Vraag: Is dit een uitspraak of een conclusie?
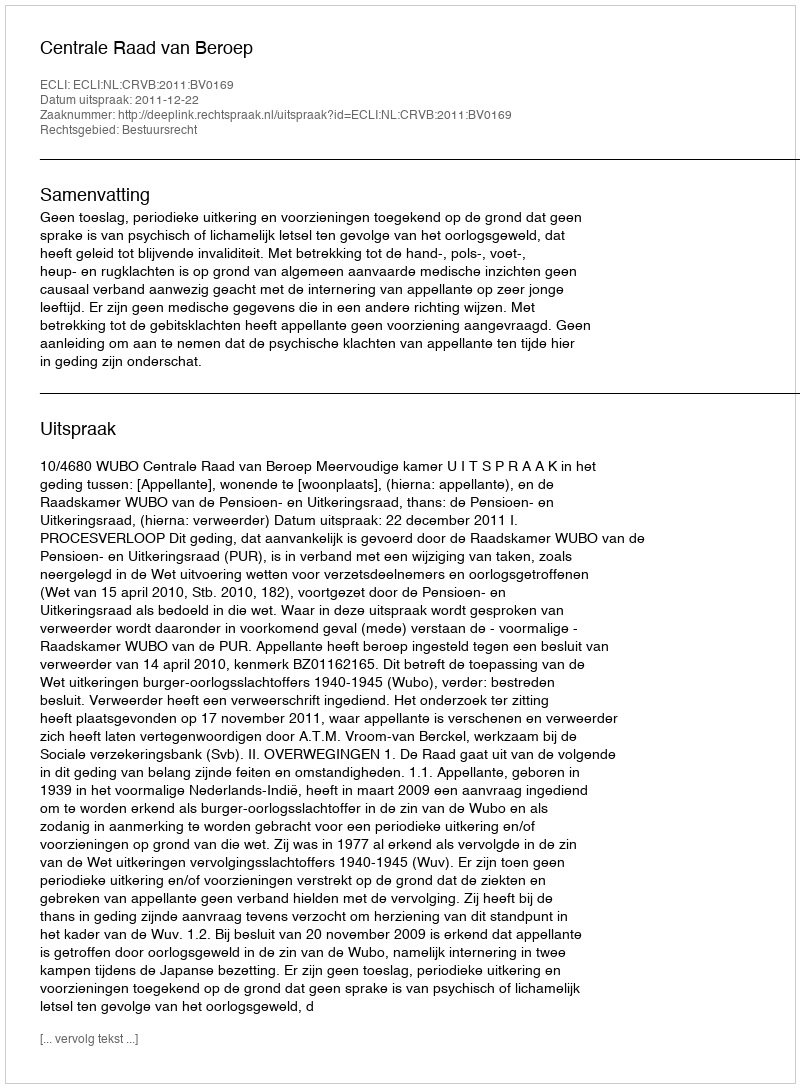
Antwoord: Uitspraak